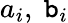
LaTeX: a_{i},~\mathtt{b}_{i}